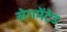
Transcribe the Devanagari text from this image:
सेगमेंटेड